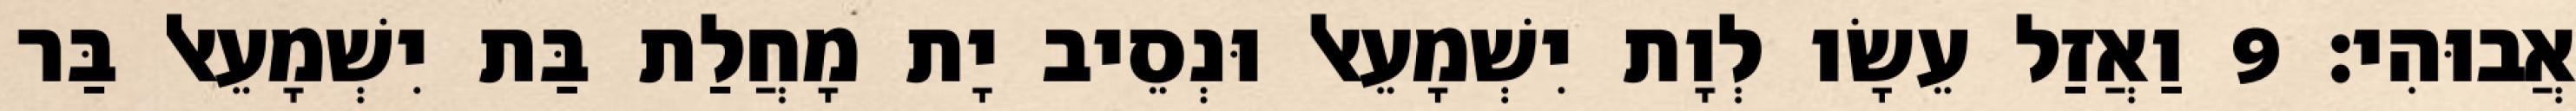
אֲבוּהִי׃ 9 וַאֲזַל עֵשָׂו לְוָת יִשְׁמָעֵאל וּנְסֵיב יָת מָחֲלַת בַּת יִשְׁמָעֵאל בַּר